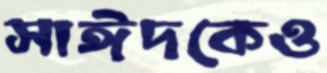
সাঈদকেও